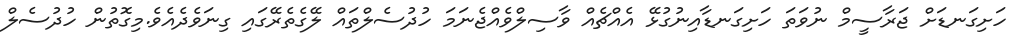
ހަށިގަނޑަށް ޖަރާސީމް ނުވަތަ ހަށިގަނޑާއިނުގުޅޭ އެއްޗެއް ވާސިލްވެއްޖެނަމަ ހުދުސެލްތައް ލޭގެތެރޭގައި ގިނަވެދެއެވެ.މިގޮތުން ހުދުސެލް